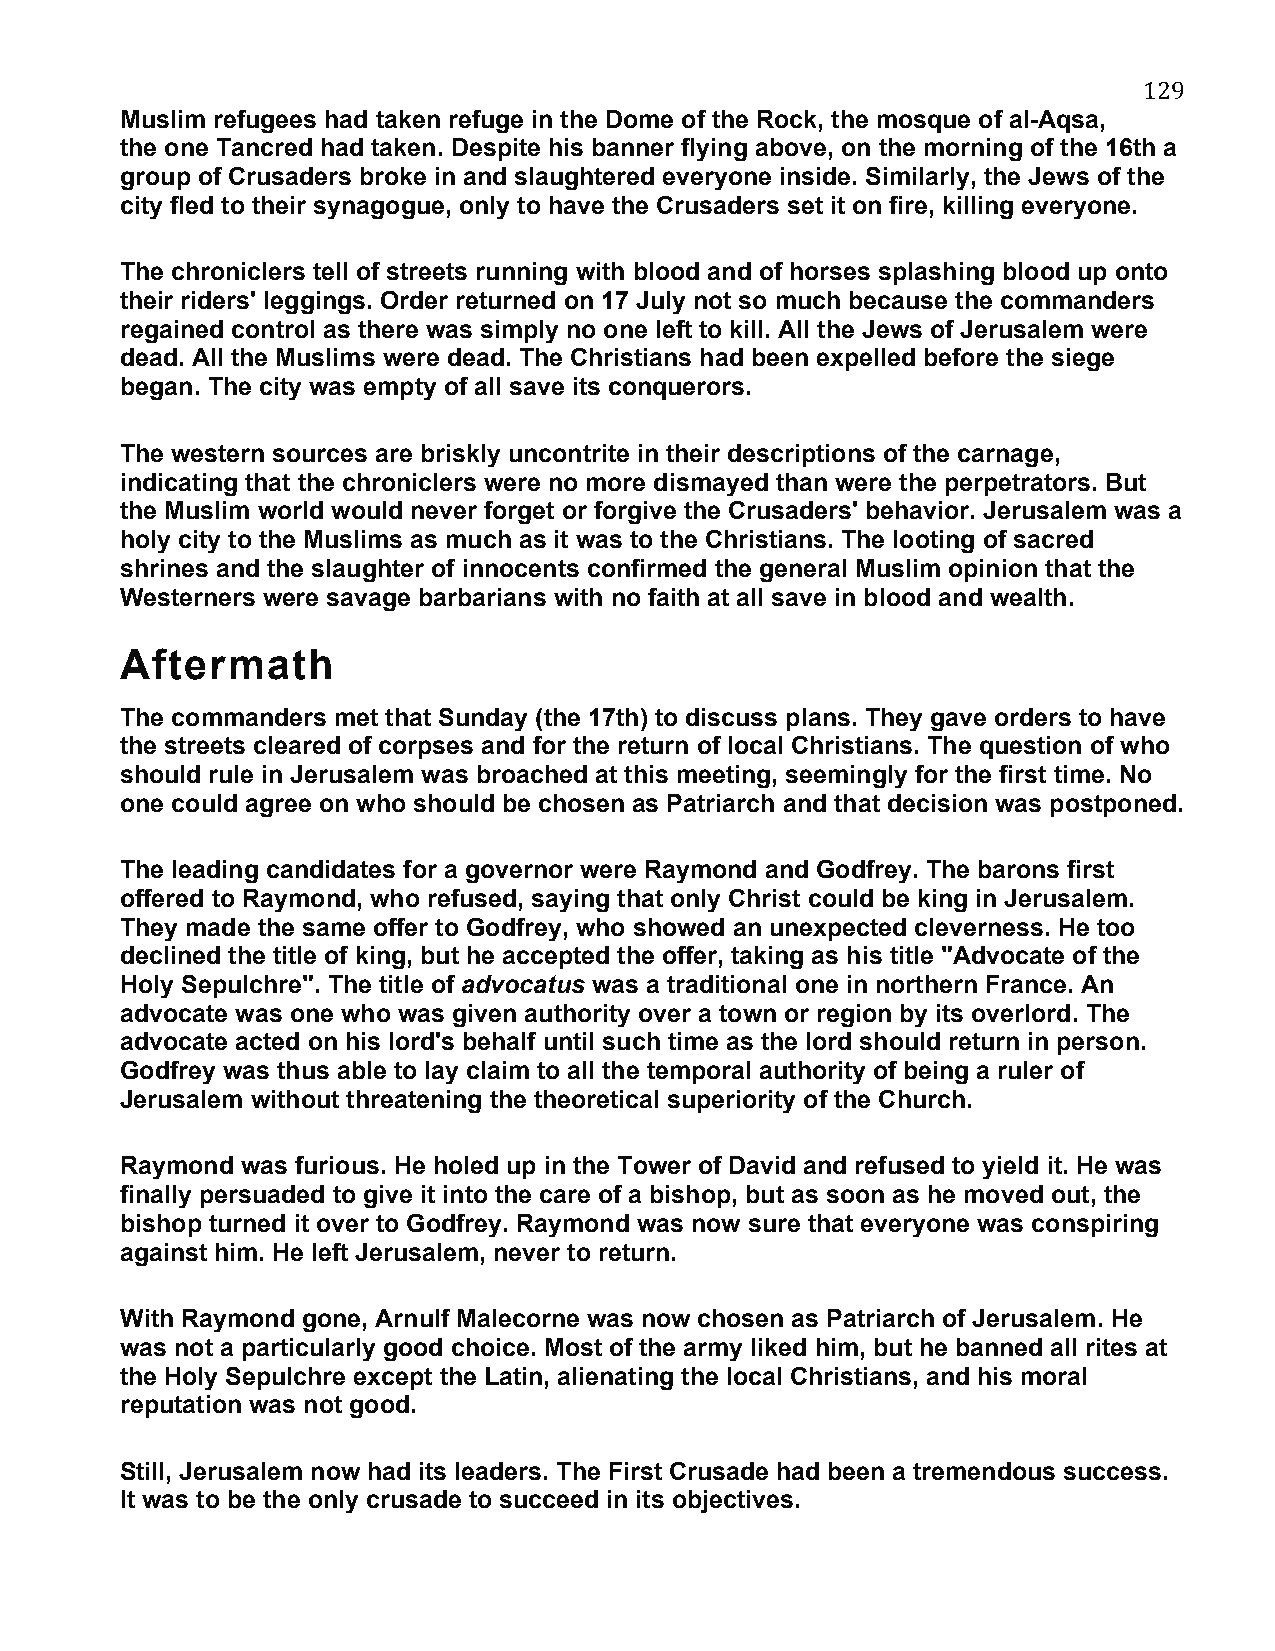
129
 Muslim refugees had taken refuge in the Dome of the Rock, the mosque of al-Aqsa,
 the one Tancred had taken. Despite his banner flying above, on the morning of the 16th a
 group of Crusaders broke in and slaughtered everyone inside. Similarly, the Jews of the
 city fled to their synagogue, only to have the Crusaders set it on fire, killing everyone.
 The chroniclers tell of streets running with blood and of horses splashing blood up onto
 their riders' leggings. Order returned on 17 July not so much because the commanders
 regained control as there was simply no one left to kill. All the Jews of Jerusalem were
 dead. All the Muslims were dead. The Christians had been expelled before the siege
 began. The city was empty of all save its conquerors.
 The western sources are briskly uncontrite in their descriptions of the carnage,
 indicating that the chroniclers were no more dismayed than were the perpetrators. But
 the Muslim world would never forget or forgive the Crusaders' behavior. Jerusalem was a
 holy city to the Muslims as much as it was to the Christians. The looting of sacred
 shrines and the slaughter of innocents confirmed the general Muslim opinion that the
 Westerners were savage barbarians with no faith at all save in blood and wealth.
 Aftermath
 The commanders met that Sunday (the 17th) to discuss plans. They gave orders to have
 the streets cleared of corpses and for the return of local Christians. The question of who
 should rule in Jerusalem was broached at this meeting, seemingly for the first time. No
 one could agree on who should be chosen as Patriarch and that decision was postponed.
 The leading candidates for a governor were Raymond and Godfrey. The barons first
 offered to Raymond, who refused, saying that only Christ could be king in Jerusalem.
 They made the same offer to Godfrey, who showed an unexpected cleverness. He too
 declined the title of king, but he accepted the offer, taking as his title "Advocate of the
 Holy Sepulchre". The title of advocatus was a traditional one in northern France. An
 advocate was one who was given authority over a town or region by its overlord. The
 advocate acted on his lord's behalf until such time as the lord should return in person.
 Godfrey was thus able to lay claim to all the temporal authority of being a ruler of
 Jerusalem without threatening the theoretical superiority of the Church.
 Raymond was furious. He holed up in the Tower of David and refused to yield it. He was
 finally persuaded to give it into the care of a bishop, but as soon as he moved out, the
 bishop turned it over to Godfrey. Raymond was now sure that everyone was conspiring
 against him. He left Jerusalem, never to return.
 With Raymond gone, Arnulf Malecorne was now chosen as Patriarch of Jerusalem. He
 was not a particularly good choice. Most of the army liked him, but he banned all rites at
 the Holy Sepulchre except the Latin, alienating the local Christians, and his moral
 reputation was not good.
 Still, Jerusalem now had its leaders. The First Crusade had been a tremendous success.
 It was to be the only crusade to succeed in its objectives.